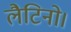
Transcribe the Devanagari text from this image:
लैटिनो।